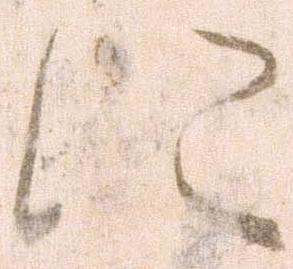
に